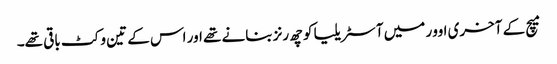
میچ کے آخری اوور میں آسٹریلیا کو چھ رنز بنانے تھے اور اس کے تین وکٹ باقی تھے۔